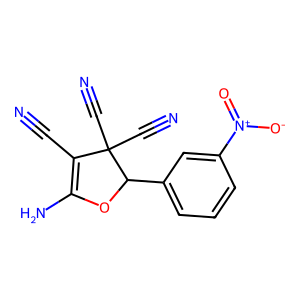
SMILES: N#CC1=C(N)OC(c2cccc([N+](=O)[O-])c2)C1(C#N)C#N
Inhibits HIV replication: No